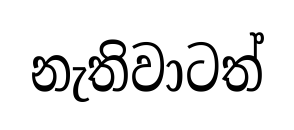
නැතිවාටත්